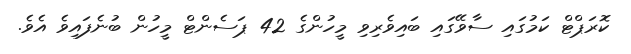
ކޮރަޕްޓް ކަމުގައި ސާވޭގައި ބައިވެރިވި މީހުންގެ 42 ޕަސެންޓް މީހުން ބުނެފައިވެ އެވެ.